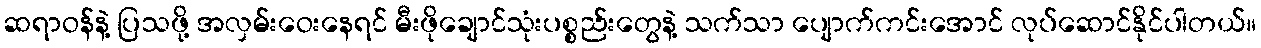
ဆရာဝန်နဲ့ ပြသဖို့ အလှမ်းဝေးနေရင် မီးဖိုချောင်သုံးပစ္စည်းတွေနဲ့ သက်သာ ပျောက်ကင်းအောင် လုပ်ဆောင်နိုင်ပါတယ်။